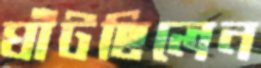
ঘাঁটছিলেন